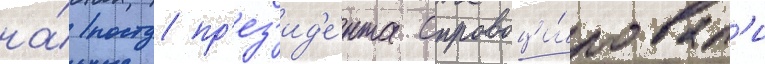
на́ посту пр'ез'ид'е́нта спровоци́ровал'и